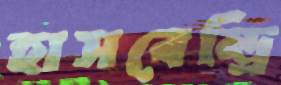
হাসবেন্ড্রি